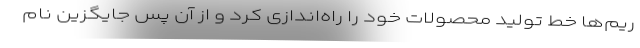
ریم‌ها خط تولید محصولات خود را راه‌اندازی كرد و از آن پس جایگزین نام